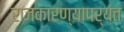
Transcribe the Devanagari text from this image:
राजकारण्यापर्यंत